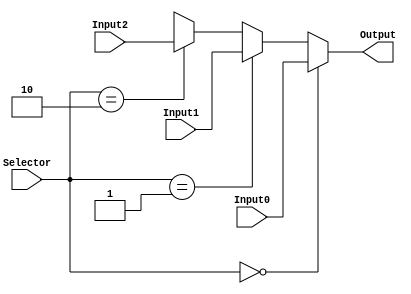
module mux_3_to_1_32bits(Output, Input0, Input1, Input2, Selector);

	input [31:0] Input0, Input1, Input2;
	input [1:0] Selector;
	output [31:0]Output;

	assign Output = (Selector == 2'b00) ? Input0 :
			(Selector == 2'b01) ? Input1 : 
			(Selector == 2'b10) ? Input2 : 32'bx;

endmodule